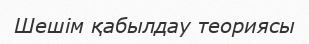
Шешім қабылдау теориясы